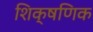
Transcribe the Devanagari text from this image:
शिक्षणिक